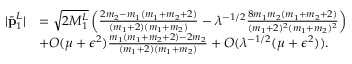
\begin{array} { r l } { | \bar { \mathbf { p } } _ { 1 } ^ { L } | } & { = \sqrt { 2 M _ { 1 } ^ { L } } \left( \frac { 2 m _ { 2 } - m _ { 1 } ( m _ { 1 } + m _ { 2 } + 2 ) } { ( m _ { 1 } + 2 ) ( m _ { 1 } + m _ { 2 } ) } - \lambda ^ { - 1 / 2 } \frac { 8 m _ { 1 } m _ { 2 } ( m _ { 1 } + m _ { 2 } + 2 ) } { ( m _ { 1 } + 2 ) ^ { 2 } ( m _ { 1 } + m _ { 2 } ) ^ { 2 } } \right) } \\ & { + O ( \mu + \epsilon ^ { 2 } ) \frac { m _ { 1 } ( m _ { 1 } + m _ { 2 } + 2 ) - 2 m _ { 2 } } { ( m _ { 1 } + 2 ) ( m _ { 1 } + m _ { 2 } ) } + O ( \lambda ^ { - 1 / 2 } ( \mu + \epsilon ^ { 2 } ) ) . } \end{array}